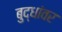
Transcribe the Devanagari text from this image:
बुद्धांवर